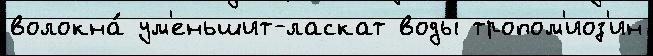
волокна́ ум'еньшит-ласкат воды́ тропом'иоз'ин